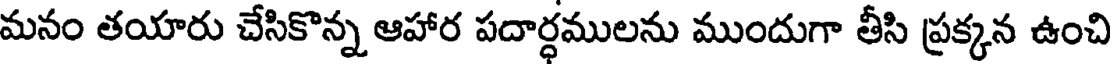
మనం తయారు చేసికొన్న ఆహార పదార్ధములను ముందుగా తీసి ప్రక్కన ఉంచి